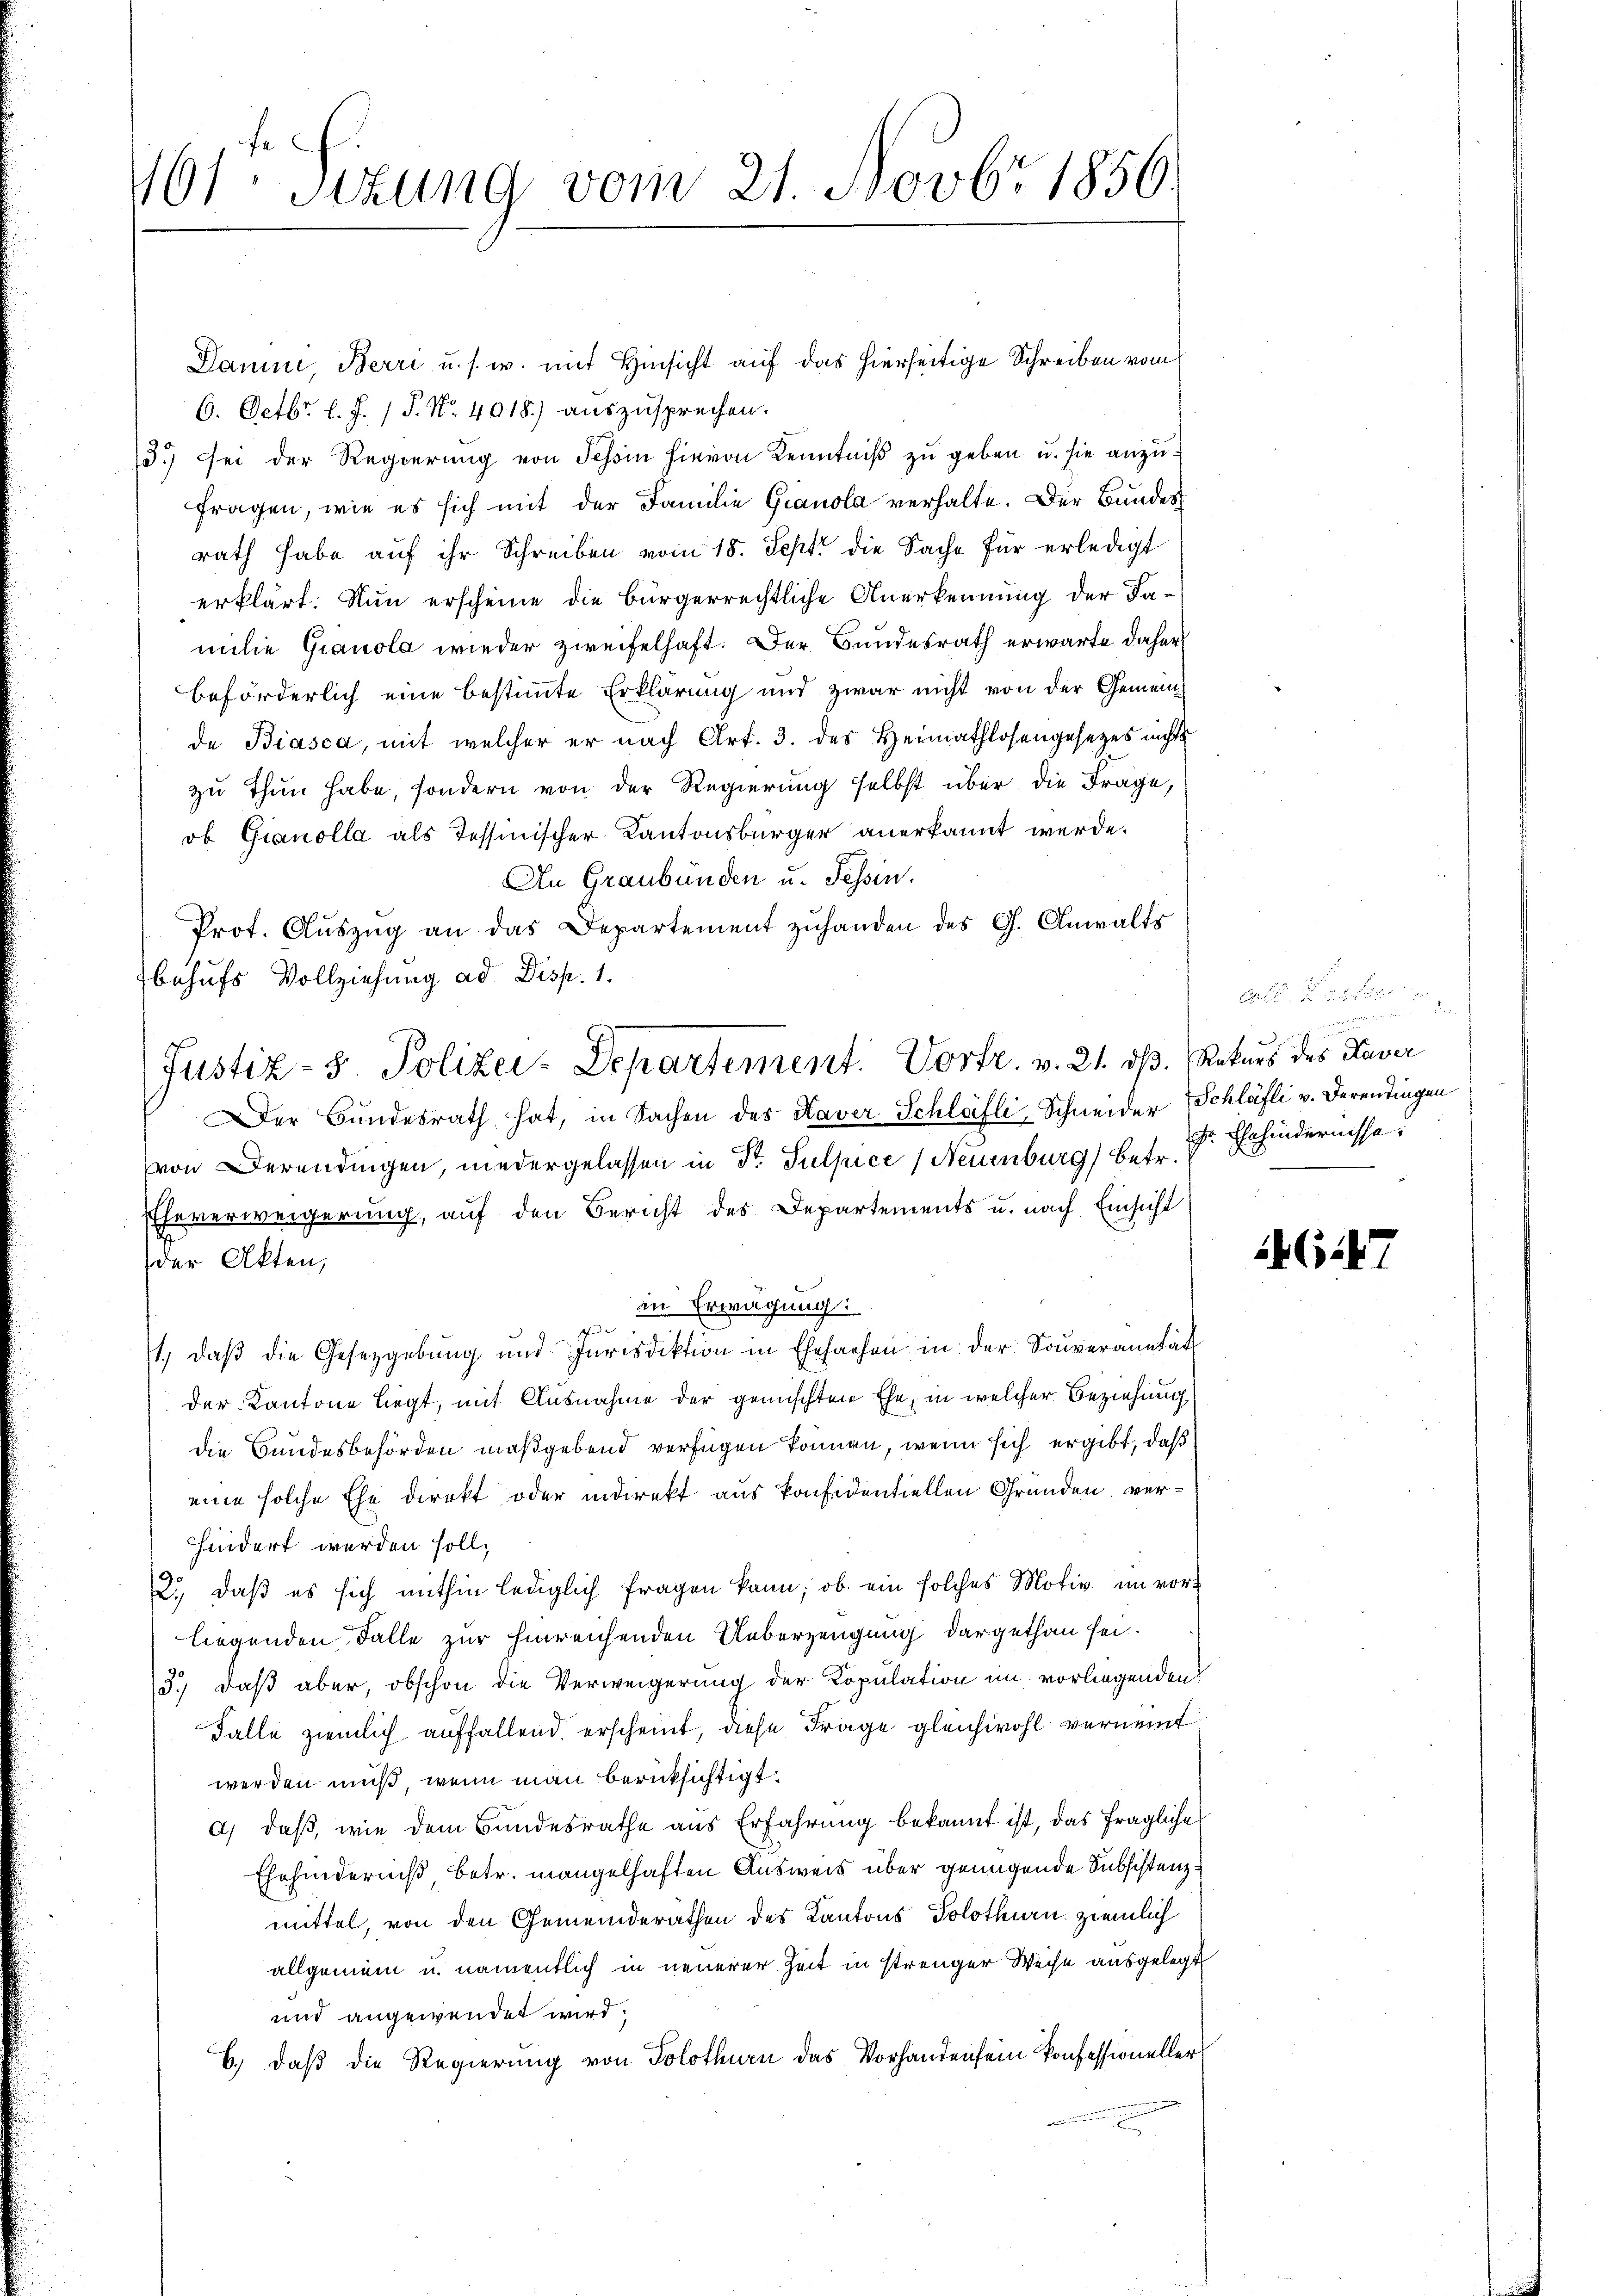
11ten Sizung vom 21. Novbr 1850.

Dame, Berri u. s. w. mit Hinsicht auf das hierseitige Schreiben vom
6. Octbr. l. J. P. Nr. 4018.) auszusprechen.
3.) Sei der Regierung von Tessin hievon Kenntniß zu geben u. sie anzufragen, wie es sich mit der Familie Gianola verhalte. Der Bundes
rath habe auf ihr Schreiben vom 18. Sept die Sache für erledigt
erklärt. Nun erscheine die bürgerrechtliche Anerkennung der Familie Gianola wieder zweifelhaft. Der Bundesrath erwarte daher
beförderlich eine bestimmte Erklärung und zwar nicht von der Gemeinde Biasca, mit welcher er nach Art. 3. des Heimathlosengesetzes nichts
zu thun habe, sondern von der Regierung selbst über die Frage,
ob Gianolla als Tessinischer Kantonsbürger anerkannt werde.
An Graubünden u. Tessin.
Prot. Auszug an das Departement zuhanden des G. Anwalts
behufs Vollziehung ad Disp. 1.
er Bundesrath hat, in Sachen des Haver Schlafli-Schneider Schläfli v. Derendingen
von Derendingen, niedergelassen in Dr. Sulpice (Neuenburg) betr.
Eheverweigerung, auf den Bericht des Departements u. nach Einsicht
der Akten,
in Erwägung:

st., daβ die Gesetzgebung und Iurisdiktion in Ehesachen in der Souveranetät
der Kantone liegt, mit Ausnahme der gemischten Ehe, in welcher Beziehung
die Bundesbehörden maßgebend verfügen können, wenn sich ergibt, daß
eine solche Ehe direkt oder indirekt aus konfidentiellen Gründen, verhindert werden soll;
2.) daß es sich mithin lediglich fragen kann; ob ein solches Motiv im vorliegenden Falle zur hinreichenden Ueberzeugung dargethan sei.
3.) daß aber, obschon die Verweigerung der Kopulation im vorliegenden
Falle ziemlich auffallend, erscheint, diese Frage gleichwohl vernennt
werden muß, wenn man berücksichtigt.
a) daß, wie dem Bundesrathe aus Erfahrung bekannt ist, das fragliche
Ehehinderniß, betr. mangelhaften Ausweis über genügende Subsistenzmittel, von den Gemeinderäthen des Kantons Solothurn ziemlich
allgemein u. namentlich in neuerer Zeit in strenger Weise ausgelegt
und angewendet wird.
b.) daß die Regierung von Solothurn das Vorhandensein konfessioneller

Justiz- 5. Polizei-Departement. Vortr. v. 21. dß. Rekurs des Taver

Freiheit er waren
r Ehehindernisse.

46147